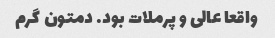
واقعا عالی و پرملات بود. دمتون گرم